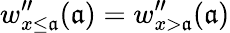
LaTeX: w_{x\leq\mathfrak{a}}^{\prime\prime}(\mathfrak{a})=w_{x>\mathfrak{a}}^{\prime\prime}(\mathfrak{a})